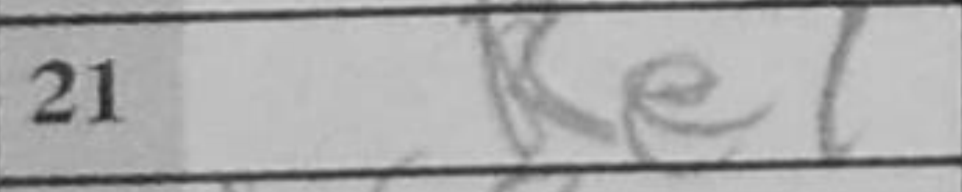
Transcription: Ke7